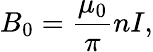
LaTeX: B_{0}=\frac{\mu_{0}}{\pi}nI,